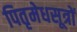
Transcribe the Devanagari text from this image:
पितृमेधसूत्रों